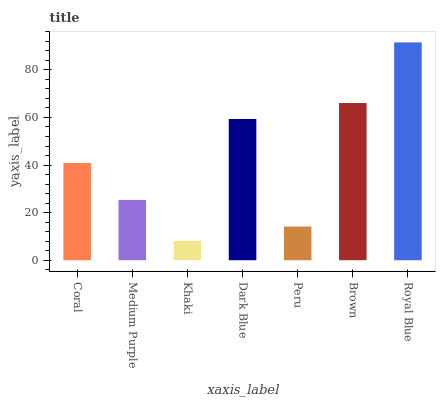
| xaxis_label | bars |
 | --- | --- |
 | Coral | 40.9 |
 | Medium Purple | 25.3 |
 | Khaki | 8.14 |
 | Dark Blue | 59.4 |
 | Peru | 14.2 |
 | Brown | 66.1 |
 | Royal Blue | 91.6 |